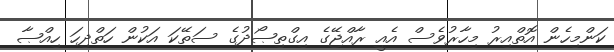
ކަންމިހެން އޮތްއިރު މިހާރުވެސް އެއީ ރާއްޖޭގެ އިގްތިޞޯދުގެ ސަތޭކަ އަކުން ހަތްދިހަ ހިއްޞާ